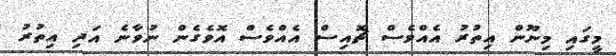
މީގައި މިނޫން އިތުރު އެއްވެސް ޗޮއިސް އެއްވެސް އޮވެގެން ނުވާނެ އަދި އިތުރު